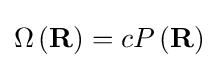
\Omega \left(\mathbf {R} \right)=cP\left(\mathbf {R} \right)